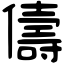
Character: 儔